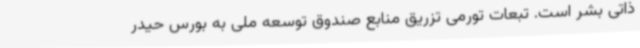
ذاتی بشر است. تبعات تورمی تزریق منابع صندوق توسعه ملی به بورس حیدر